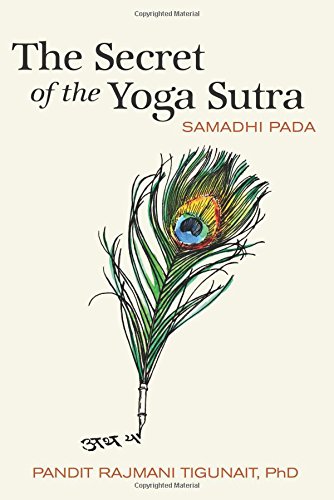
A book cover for The Secret of the Yoga Sutra: Samadhi Pada; Pandit Rajmani Tigunait Ph.D.; Religion & Spirituality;